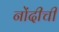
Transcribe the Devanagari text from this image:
नोंदीची